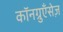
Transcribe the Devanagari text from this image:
कॉनग्रुएँसेज़